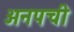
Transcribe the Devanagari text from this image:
अनपची